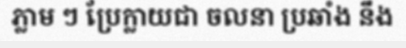
ភ្លាម ៗ ប្រែក្លាយជា ចលនា ប្រឆាំង នឹង